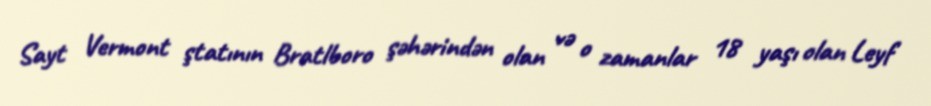
Sayt Vermont ştatının Bratlboro şəhərindən olan və o zamanlar 18 yaşı olan Leyf